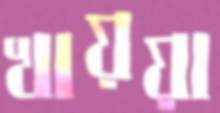
খায়য়া